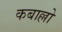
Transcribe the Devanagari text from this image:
कबाल्लो